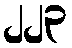
၂၂၃